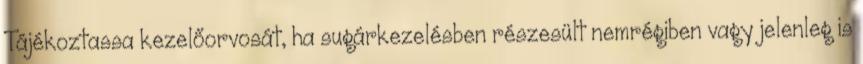
Tájékoztassa kezelőorvosát, ha sugárkezelésben részesült nemrégiben vagy jelenleg is